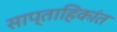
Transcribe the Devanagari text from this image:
साप्ताहिकांत